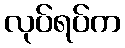
လုပ်ရပ်က